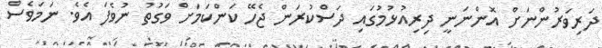
ދަރިވަރުންނަށް އޮންނަނީ ދިރިއުޅުމުގައި ދަސްކުރަން ޖެހޭ ކަންކަމަށް ވަގުތު ނުވެފަ އެވެ. ނަމަވެސް